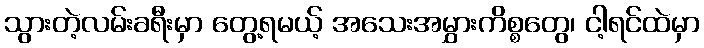
သွားတဲ့လမ်းခရီးမှာ တွေ့ရမယ့် အသေးအမွှားကိစ္စတွေ၊ ငါ့ရင်ထဲမှာ